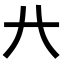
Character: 𠔀